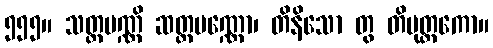
၅၅၅။ သတ္တပဏ္ဏိ ဆတ္တပဏ္ဏော၊ တိနိသော တွ တိမုတ္တကော။